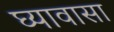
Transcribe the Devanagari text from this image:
घ्यावासा